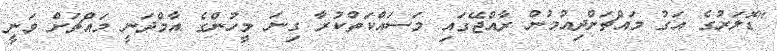
"ޑޮލަރުގެ އަގު މައްޗަށްދިއުމުން ރާއްޖޭގައި މަސައްކަތްކުރާ ގިނަ މީހުންގެ އާމްދަނީ މައްޗަށް ވަނީ